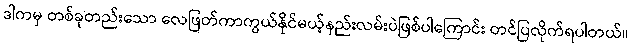
ဒါကမှ တစ်ခုတည်းသော လေဖြတ်ကာကွယ်နိုင်မယ့်နည်းလမ်းပဲဖြစ်ပါကြောင်း တင်ပြလိုက်ရပါတယ်။